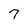
Character: 7